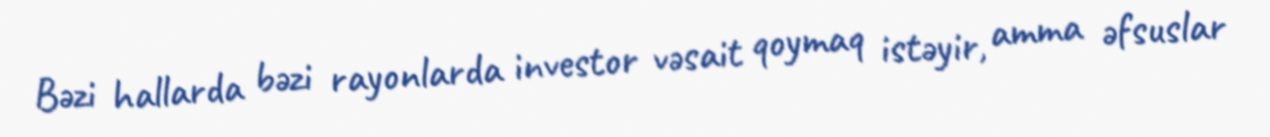
Bəzi hallarda bəzi rayonlarda investor vəsait qoymaq istəyir, amma əfsuslar